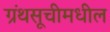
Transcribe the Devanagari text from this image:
ग्रंथसूचीमधील